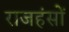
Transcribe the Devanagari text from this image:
राजहंसों